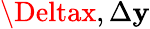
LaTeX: \Deltax,\Delta\mathbf{y}